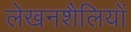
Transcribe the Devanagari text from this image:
लेखनशैलियों